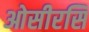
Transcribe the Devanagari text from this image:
ओसीरसि